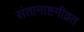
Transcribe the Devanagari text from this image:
संतानाष्टमीव्रत